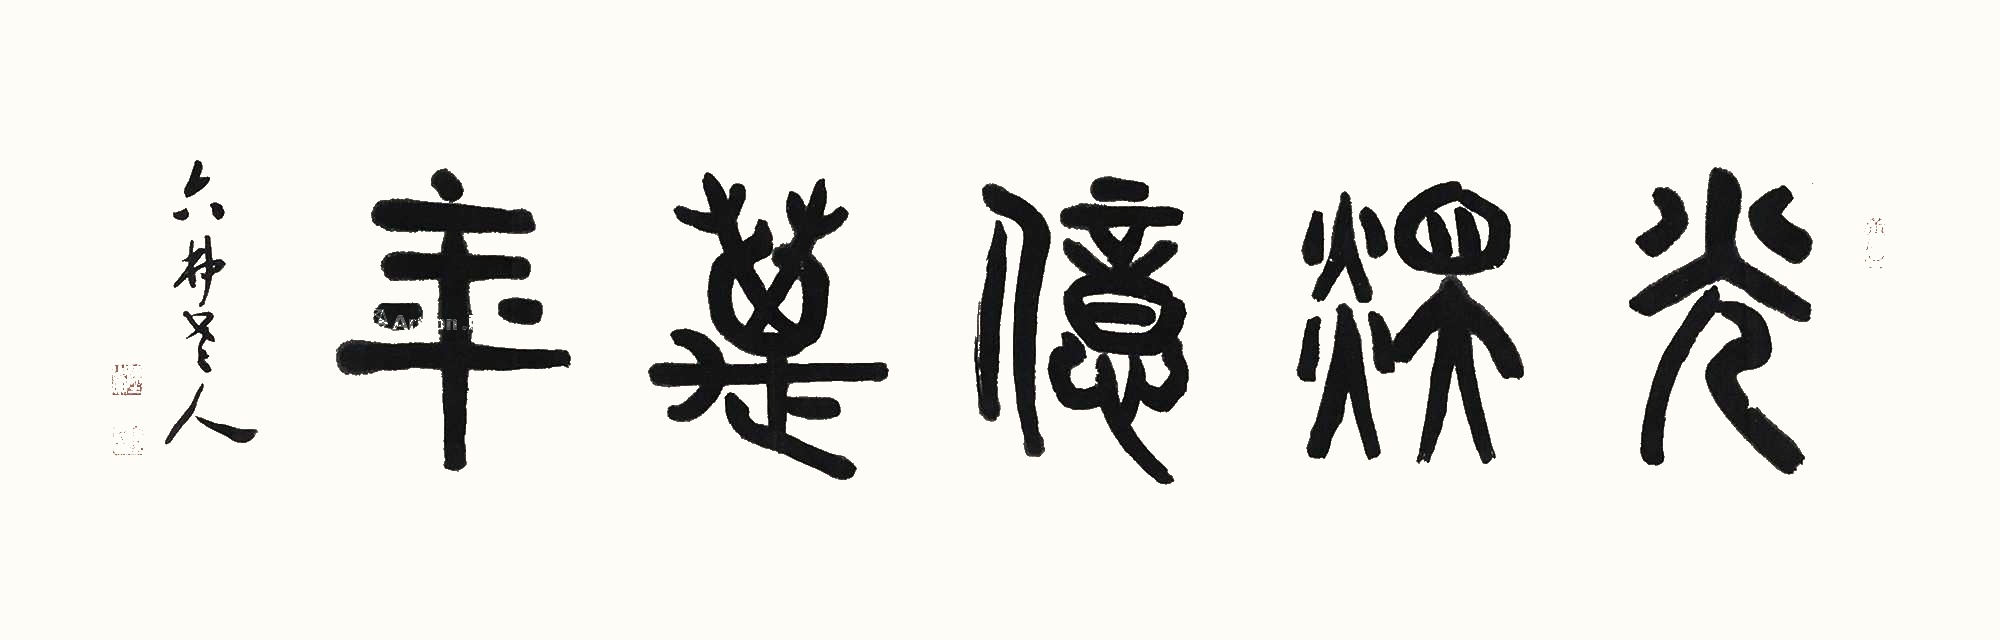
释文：光辉亿万年六弗老人。